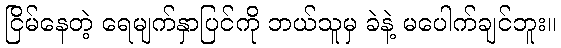
ငြိမ်နေတဲ့ ရေမျက်နှာပြင်ကို ဘယ်သူမှ ခဲနဲ့ မပေါက်ချင်ဘူး။